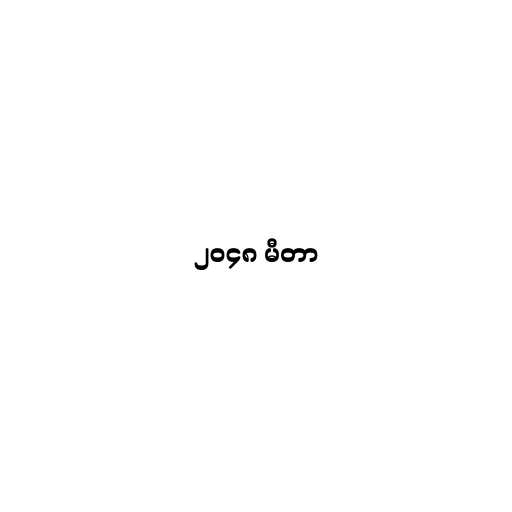
၂၀၄၈ မီတာ